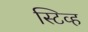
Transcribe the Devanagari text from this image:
स्टिव्ह